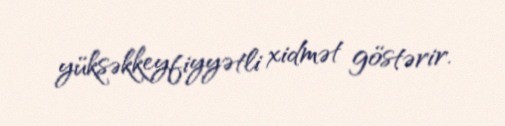
yüksəkkeyfiyyətli xidmət göstərir.